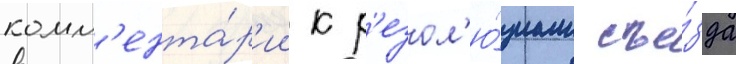
комм'ента́р'ии к р'езол'ю́циам съе́зда